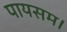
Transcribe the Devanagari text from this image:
पायसम।